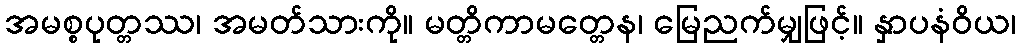
အမစ္စပုတ္တဿ၊ အမတ်သားကို။ မတ္တိကာမတ္တေန၊ မြေညက်မျှဖြင့်။ နှာပနံဝိယ၊